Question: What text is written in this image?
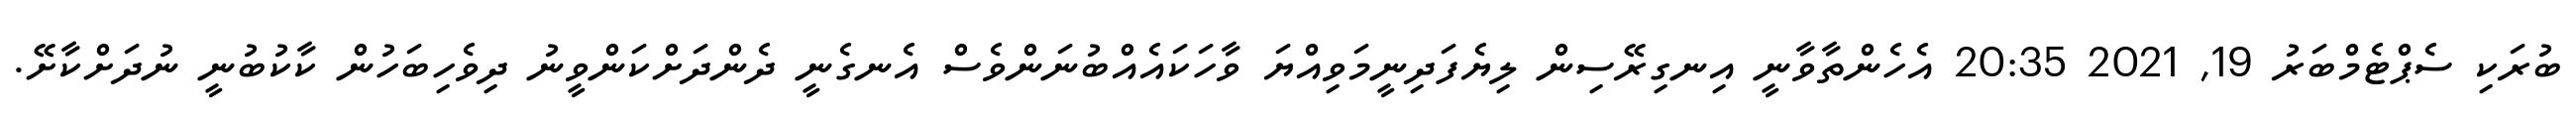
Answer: ބުރަކި ސެޕްޓެމްބަރު 19, 2021 20:35 އެހެންތާވާނީ އިނގިރޭސިން ލިޔެފަދިނީމަވިއްޔަ ވާހަކައެއްބުނަންވެސް އެނގެނީ ދެންދަށްކަންވީނު ދިވެހިބަހުން ކާކުބުނީ ނުދަށްކާށޭ.